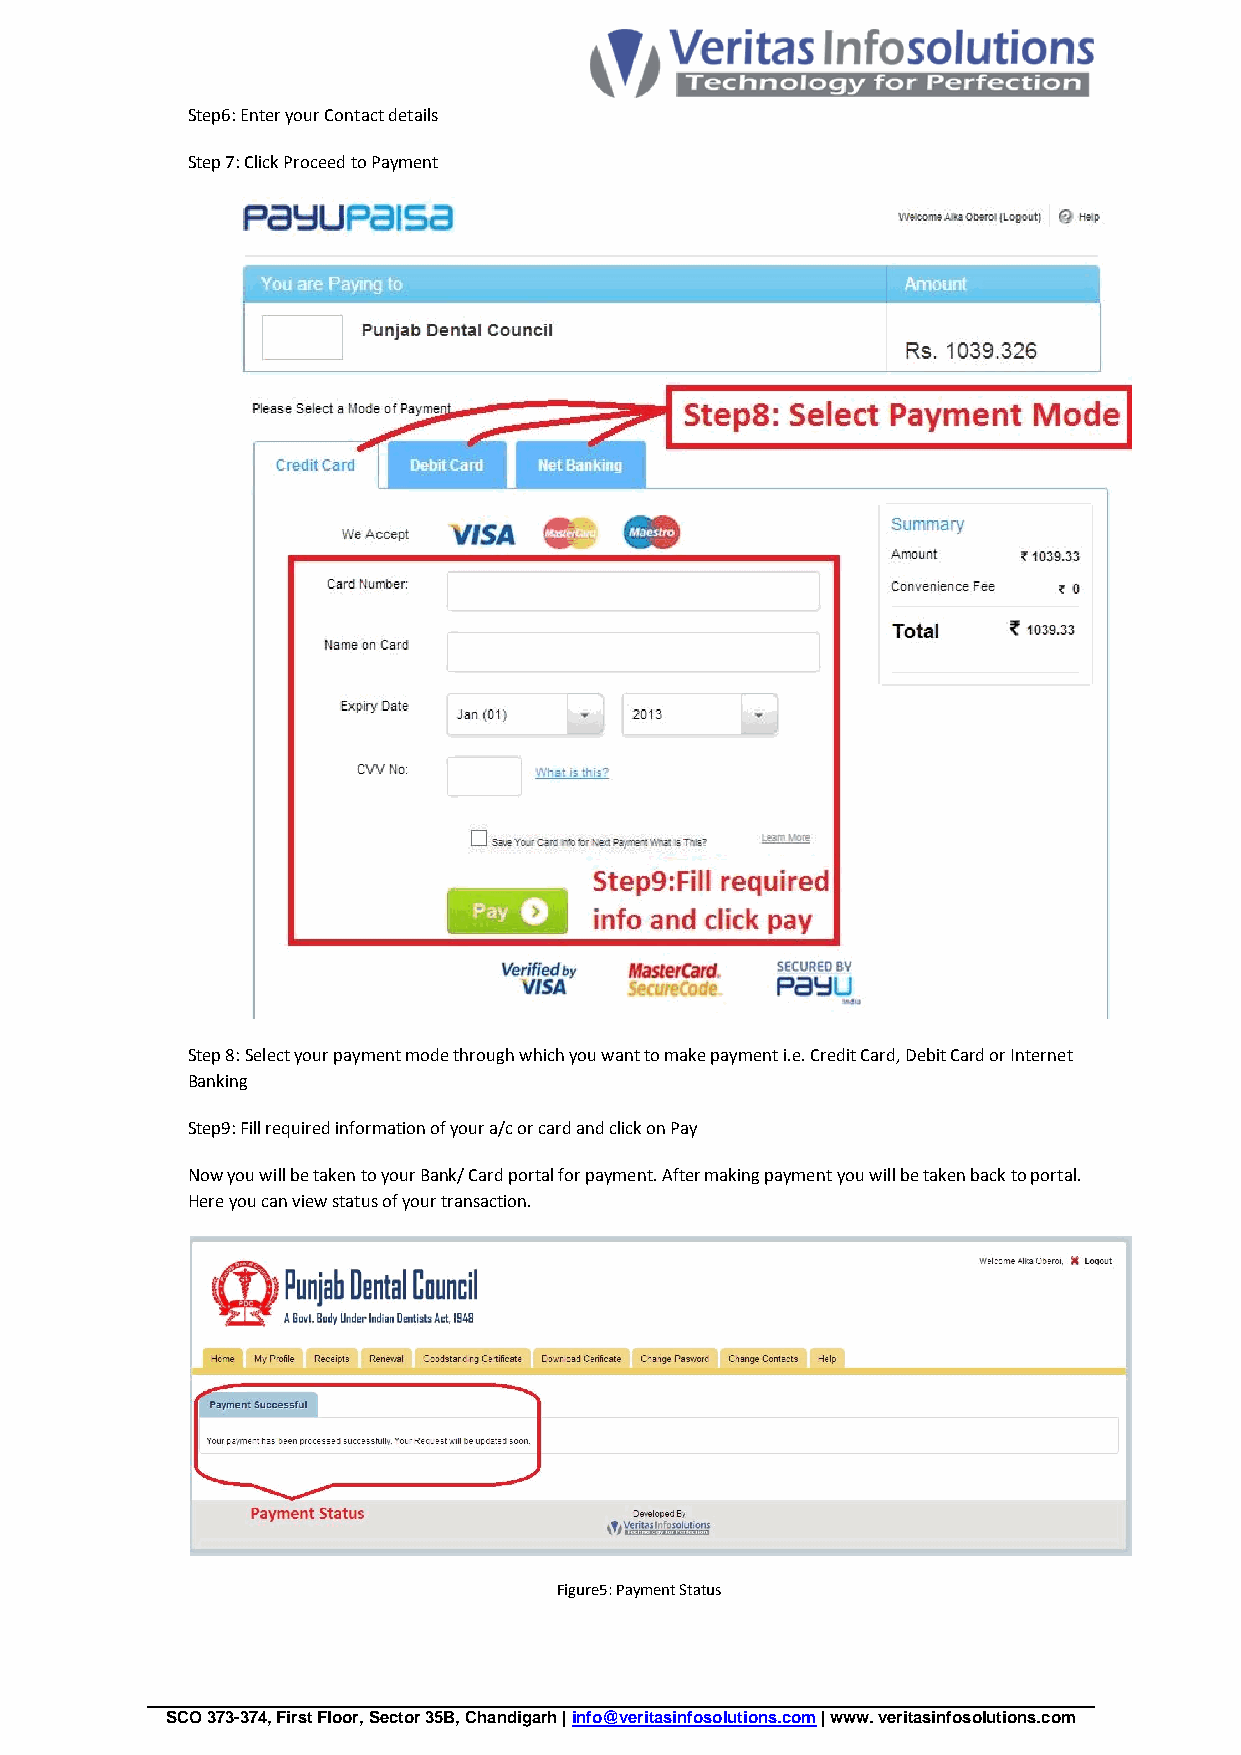
Step6: Enter your Contact details
 Step 7: Click Proceed to Payment
 Step 8: Select your payment mode through which you want to make payment i.e. Credit Card, Debit Card or Internet
 Banking
 Step9: Fill required information of your a/c or card and click on Pay
 Now you will be taken to your Bank/ Card portal for payment. After making payment you will be taken back to portal.
 Here you can view status of your transaction.
 Figure5: Payment Status
 SCO 373-374, First Floor, Sector 35B, Chandigarh | info@veritasinfosolutions.com | www. veritasinfosolutions.com